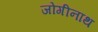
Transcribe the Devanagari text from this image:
जोगीनाथ